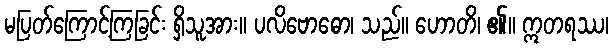
မပြတ်ကြောင့်ကြခြင်း ရှိသူအား။ ပလိဗောဓော၊ သည်။ ဟောတိ၊ ၏။ ဣတရဿ၊